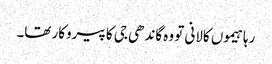
رہا ہیموں کالانی تو وہ گاندھی جی کا پیروکار تھا۔